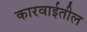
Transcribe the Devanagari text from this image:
कारवाईतील